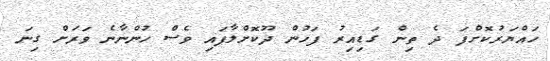
ހައްޔަރުކޮށްފަ ދެ ތިން ގަޑިއިރު ފަހުން ދޫކޮށްލާފައި ވެސް ހުންނާނެ ވަރަށް ގިނަ